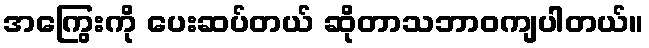
အကြွေးကို ပေးဆပ်တယ် ဆိုတာသဘာဝကျပါတယ်။